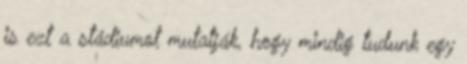
is ezt a stádiumot mutatják, hogy mindig tudunk egy